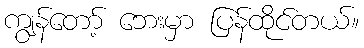
ကျွန်တော့် ဘေးမှာ ပြန်ထိုင်တယ်။